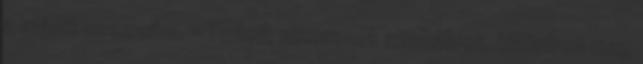
a másik szemeibe. - Tudod, nincsenek szabályok. különben meg